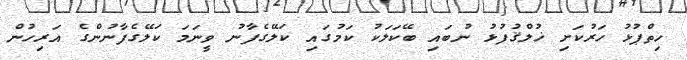
ހިތްޕުޅު ހަރުކަށި ޚުލްޤުފުޅު ނުބައި ބޭކަލަކު ކަމުގައި ކަލޭގެފާނު ވީނަމަ ކަލޭގެފާނުންގެ އަރިހުން